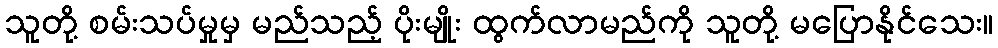
သူတို့ စမ်းသပ်မှုမှ မည်သည့် ပိုးမျိုး ထွက်လာမည်ကို သူတို့ မပြောနိုင်သေး။